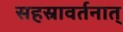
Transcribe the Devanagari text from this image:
सहस्रावर्तनात्‌